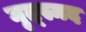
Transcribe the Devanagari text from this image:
गृत्स्मद